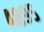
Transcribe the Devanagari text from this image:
४८९५